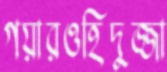
গয়ারওহিদুজ্জা